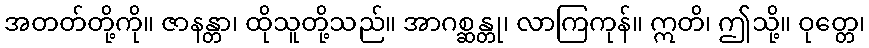
အတတ်တို့ကို။ ဇာနန္တာ၊ ထိုသူတို့သည်။ အာဂစ္ဆန္တု၊ လာကြကုန်။ ဣတိ၊ ဤသို့။ ဝုတ္တေ၊